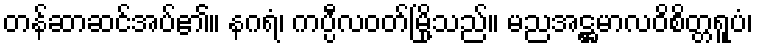
တန်ဆာဆင်အပ်၏။ နဂရံ၊ ကပ္ပီလဝတ်မြို့သည်။ မညအဋ္ဌမာလဝိစိတ္တရူပံ၊